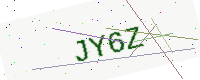
Text: JY6Z